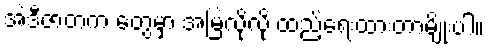
အဲဒီဇာတက တွေမှာ အမြဲလိုလို ထည့်ရေးထားတာမျိုးပါ။